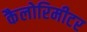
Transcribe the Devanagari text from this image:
कैलोरिमीटर